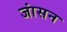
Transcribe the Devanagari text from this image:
जांसन